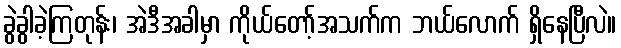
ခွဲခွါခဲ့ကြတုန်း၊ အဲဒီအခါမှာ ကိုယ်တော့်အသက်က ဘယ်လောက် ရှိနေပြီလဲ။